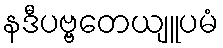
နဒီပဗ္ဗတေယျူပမံ